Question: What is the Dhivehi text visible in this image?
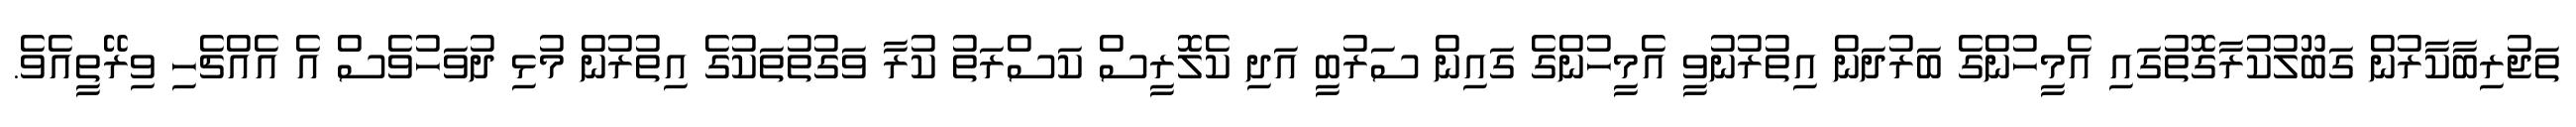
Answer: ތަޖުރިބާކާރުން ގަބޫލުކުރާގޮތުގައި އެމީހުންގެ ބަރުދަން އިތުރުނުވީ އެމީހުންގެ ގައިން ސަރުބީ އަދި ކެލޮރީސް ކަސްރަތު ކުރާ ވަގުތުތަކުގެ އިތުރުން މުޅި ދުވަހުވެސް އެ އެއްޗެހި ވިރޭތީއެވެ.